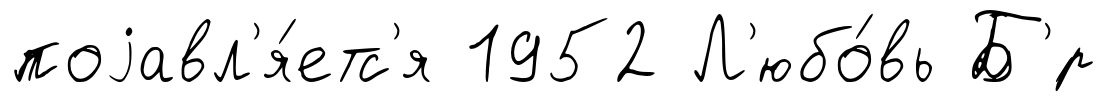
поjавл'я́етс'я 1952 Л'юбо́вь Б'́р